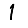
Digit: 1